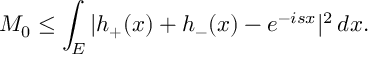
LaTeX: M _ { 0 } \leq \int _ { E } | h _ { + } ( x ) + h _ { - } ( x ) - e ^ { - i s x } | ^ { 2 } \, d x .